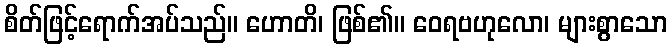
စိတ်ဖြင့်ရောက်အပ်သည်။ ဟောတိ၊ ဖြစ်၏။ ဝေရဗဟုလော၊ များစွာသော